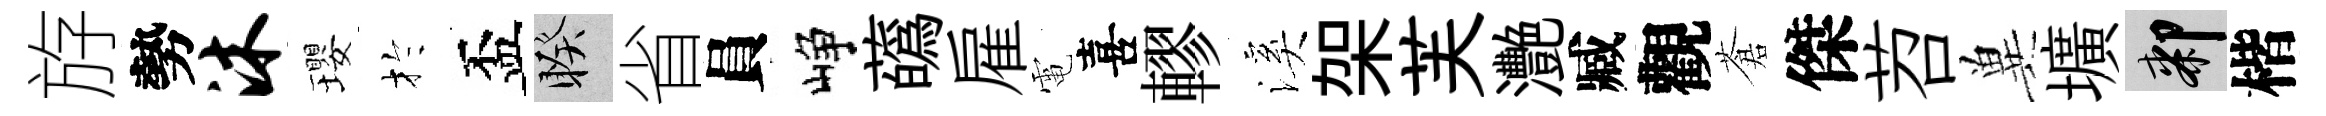
斿勢沐瓔扵盃睽省員峥蘤雇電喜轇溪架芙灧臧觀蒼傑苕兾壙膝楷